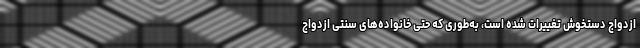
ازدواج دستخوش تغییرات شده است، به‌طوری که حتی خانواده‌های سنتی ازدواج